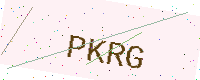
Text: PKRG